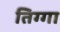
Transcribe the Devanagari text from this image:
तिग्गा